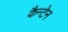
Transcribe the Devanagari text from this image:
कैन्टेन